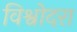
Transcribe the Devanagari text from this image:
विश्वोदरा